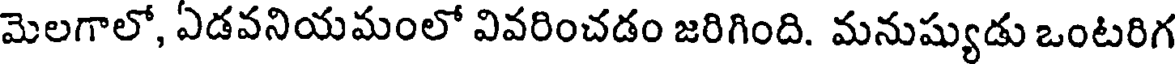
మెలగాలో, ఏడవనియమంలో వివరించడం జరిగింది. మనుష్యుడు ఒంటరిగ